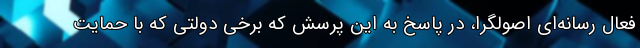
فعال رسانه‌ای اصولگرا، در پاسخ به این پرسش که برخی دولتی که با حمایت